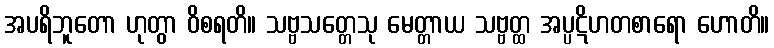
အပရိဘူတော ဟုတွာ ဝိစရတိ။ သဗ္ဗသတ္တေသု မေတ္တာယ သဗ္ဗတ္ထ အပ္ပဋိဟတစာရော ဟောတိ။